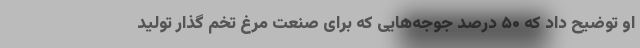
او توضیح داد که ۵۰ درصد جوجه‌هایی که برای صنعت مرغ تخم گذار تولید